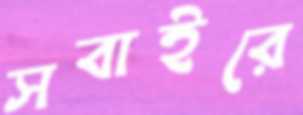
সবাইরে